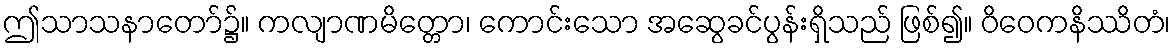
ဤသာသနာတော်၌။ ကလျာဏမိတ္တော၊ ကောင်းသော အဆွေခင်ပွန်းရှိသည် ဖြစ်၍။ ဝိဝေကနိဿိတံ၊